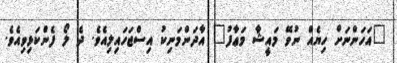
"އަހަންނަށް ހިޔެއް ނުވޭ މައީޝާ މަޢާފު" އާދަންމަނިކު އިސްޖަހައިލިއެވެ. ދެ ލޯ ފެންކަޅިވިއެވެ.